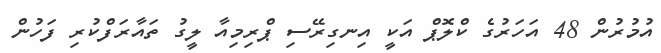
އުމުރުން 48 އަހަރުގެ ކްލޮޕް އަކީ އިނގިރޭސި ޕްރިމިއާ ލީގު ތައާރަފްކުރި ފަހުން